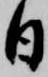
日